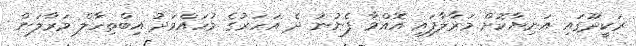
ރަކީދޫގައި އަނިޔާކޮށް މަރާލާފައި އޮއްވާ ފެނުނު ދެ އަހަރުގެ މުހައްމަދު އިބްތިހާލް މަރާލަން